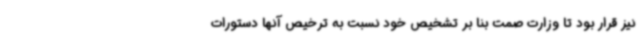
نیز قرار بود تا وزارت صمت بنا بر تشخیص خود نسبت به ترخیص آنها دستورات